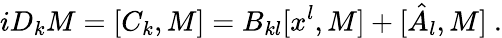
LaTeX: iD_{k}M=[C_{k},M]=B_{kl}[x^{l},M]+[\hat{A}_{l},M]\ .